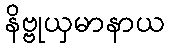
နိဗ္ဗုယှမာနာယ